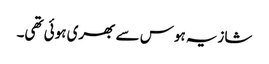
شازیہ ہوس سے بھری ہوئی تھی۔